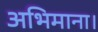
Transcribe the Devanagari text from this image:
अभिमाना।